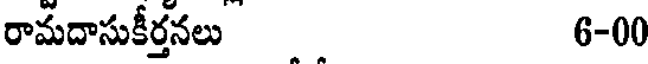
రామదాసుకీర్తనలు 6-00